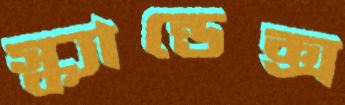
স্ক্যান্ডেক্স